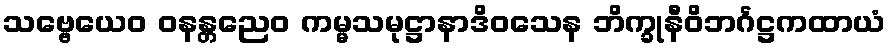
သဗ္ဗေယေဝ ဝနန္တညေဝ ကမ္မသမုဋ္ဌာနာဒိဝသေန ဘိက္ခုနီဝိဘင်္ဂဋ္ဌကထာယံ